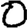
Digit: 0